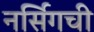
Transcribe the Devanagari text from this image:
नर्सिगची